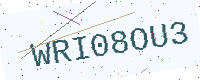
Text: WRI08OU3